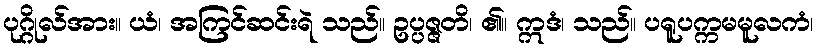
ပုဂ္ဂိုလ်အား။ ယံ၊ အကြင်ဆင်းရဲ သည်။ ဥပ္ပဇ္ဇတိ၊ ၏။ ဣဒံ၊ သည်။ ပရူပက္ကမမူလကံ၊